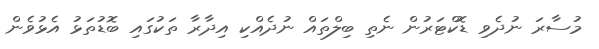
މުސާރަ ނުދެވި ޑޮކްޓަރުން ނެތި ބިލްތައް ނުދެއްކި އިދާރާ ތަކުގައި ބޮޑުތަޅު އެޅުވެން